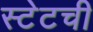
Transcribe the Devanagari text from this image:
स्टेटची